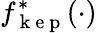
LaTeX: f_{\mathrm{~k~e~p~}}^{*}(\cdot)